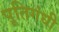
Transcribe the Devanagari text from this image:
पूतिगंधी